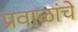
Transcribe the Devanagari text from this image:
प्रवाळांचे